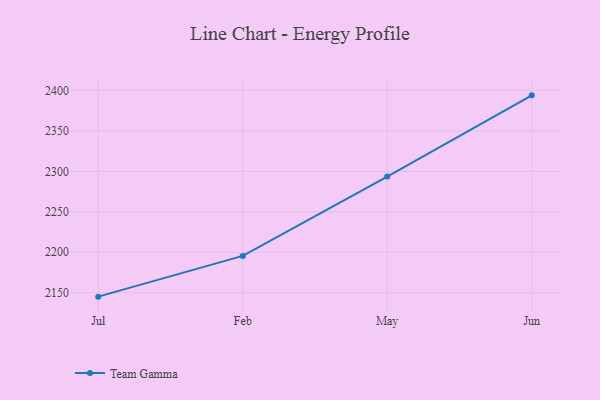
{"axis": {"x": "Month", "y": "Conversion Rate (%)"}, "legend": ["Team Gamma"], "data": [{"x": "Jul", "y": 2145.2, "type": "Team Gamma"}, {"x": "Feb", "y": 2195.5, "type": "Team Gamma"}, {"x": "May", "y": 2293.5, "type": "Team Gamma"}, {"x": "Jun", "y": 2393.9, "type": "Team Gamma"}]}